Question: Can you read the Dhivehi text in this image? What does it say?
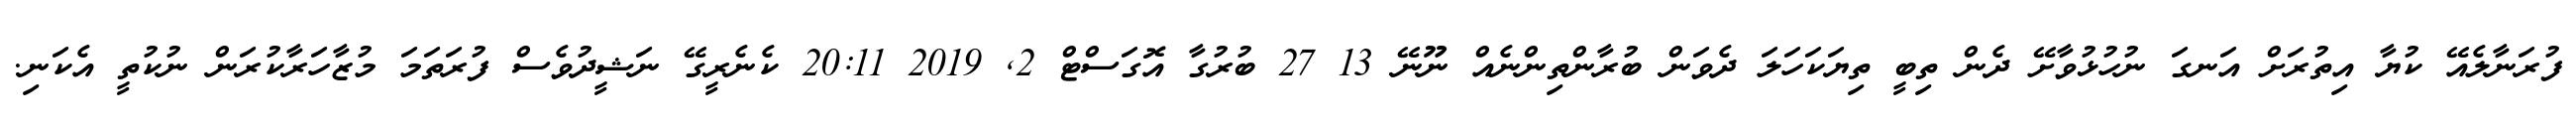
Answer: ފުރަނާލެއޭ ކުޔާ އިތުރަށް އަނގަ ނުހުޅުވާށޭ ދެން ތިބީ ތިޔަކަހަލަ ދެވަން ބުރާންތިންނެއް ނޫނޭ 13 27 ބުރުގާ އޮގަސްޓް 2, 2019 20:11 ކެނެރީގޭ ނަޝީދުވެސް ފުރަތަމަ މުޒާހަރާކުރަން ނުކުތީ އެކަނި.